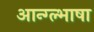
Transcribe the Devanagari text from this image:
आन्ग्ल्भाषा